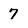
Character: 7